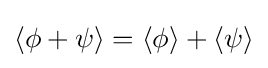
\langle \phi +\psi \rangle =\langle \phi \rangle +\langle \psi \rangle